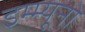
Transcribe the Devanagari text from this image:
इम्म्यूनो